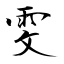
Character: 雯